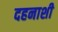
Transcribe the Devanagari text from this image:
दहनाशी